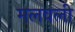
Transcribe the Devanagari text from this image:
मलवली